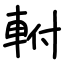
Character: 軵